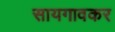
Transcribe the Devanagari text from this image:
सायगावकर